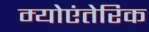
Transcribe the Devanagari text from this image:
म्योएंतेरिक